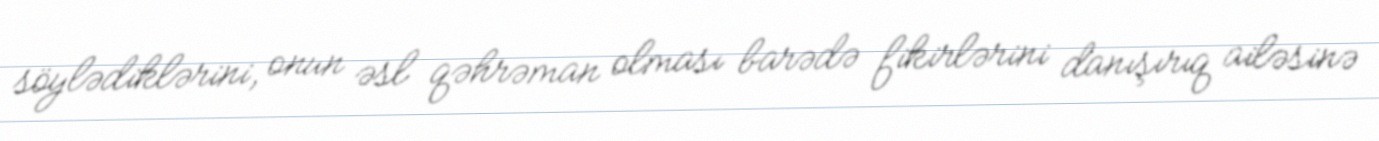
söylədiklərini, onun əsl qəhrəman olması barədə fikirlərini danışırıq ailəsinə